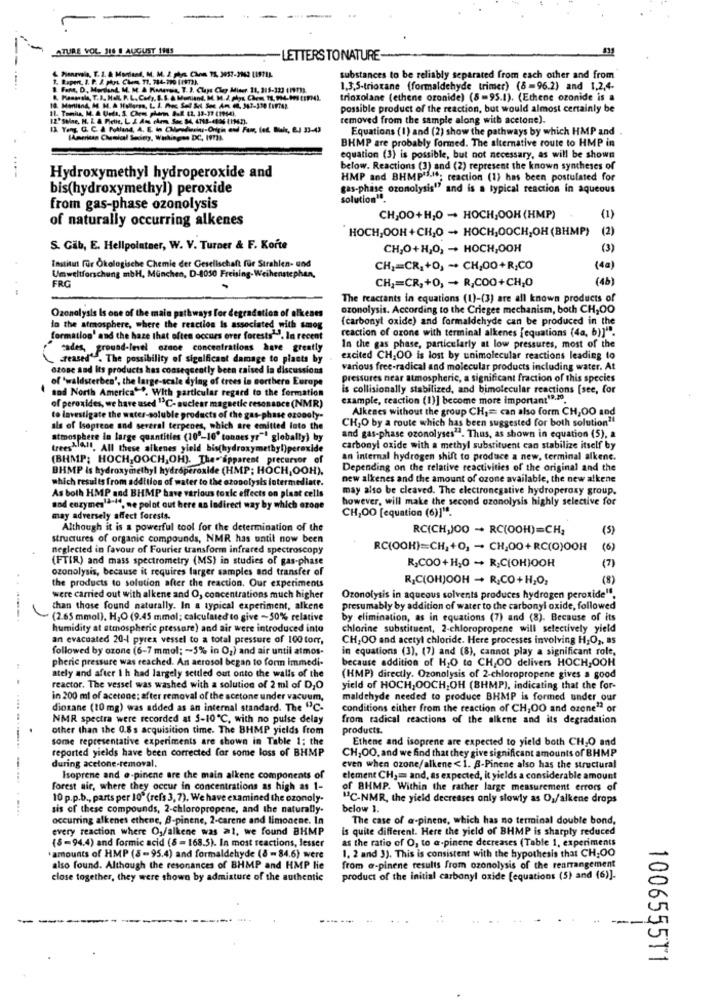
ATURE VOL. 316 8 AUGUST 1185
-LETTERS TONATURE-
1. Raport, I. P. J. phrt. Che= 77, 784-390 (1973).
substances to be reliably separated from each other and from
1 Fant, D, Mardiand, M. M. A RiMersis, T. J. Claps Che Miser 11, 315-323 (1973).
1.3,5-trioxane (formaldehyde trimer) (8-96.2) and 1,2,4.
trioxolane (ethene ozonide) (8-95.1). (Ethene ozonide is a
10. Maiand, M. M. A. Hullerss, L. I. Pec Sel &et Sec Am 40, 347-310 firmas.
possible product of the reaction, but would almost certainly be
12' Stine, H. L.A. Piethe, L. 2.At elem Ste 34, 4711-4006 LIM3).
removed from the sample along with acetone).
12 Yong G. C. & Potland, A. E. In Chinadiesiny-Origin and Far, (et. Buke, B.J 33-43
Equations (I) and (2) show the pathways by which HMP and
BHMP are probably formed. The alternative route to HMP in
equation (3) is possible, but not necessary, as will be shown
below. Reactions (3) and (2) represent the known syntheses of
Hydroxymethyl hydroperoxide and
HMP and BHMPI.If; reaction (1) has been postulated for
bis(hydroxymethyl) peroxide
gas-phase ozonolysis" and is a typical reaction in aqueous
solution1.
from gas-phase ozonolysis
of naturally occurring alkenes
CH,00+H,0 - HOCH,OOH (HMP)
(1)
HOCH,OOH+CH,O - HOCH,OOCH,OH (BHMP)
(2)
S. Gib, E. Hellpolatner, W. V. Turner & F. Korte
CH,O+H,O, - HOCH,OOH
(3)
Institut für Ökologische Chemie der Gesellschaft für Strahlen- und
CH3=CR. +0, -. CH,00+R,CO
(40)
Umweltforschung mbH, München, D-8050 Freising-Weihenstephan,
(4b)
FRG
-
CH1=CR,+0, - + R,COO+CH,0
The reactants in equations (1)-(3) are all known products of
azonolysis. According to the Criegee mechanism, both CH,OO
Ozonalysis Is one of the main pathways for degradation of olkenes
{carbonyl oxide) and formaldehyde can be produced in the
in the atmosphere, where the reaction Is associated with smog
reaction of ozone with terminal alkenes {equations (4a, b)]".
formation' and the haze that often occurs over forests"". In recent
tades, ground-level ozone concentrations have greatly
In the gas phase, particularly at low pressures, most of the
creased" . The possibility of sigalficant damage to plasts by
excited CH,OO is lost by unimolecular reactions leading to
ozone and Its products has consequently been raised la discussion
various free-radical and molecular products including water. At
of 'waldsterben', the large-scale dying of trees lo northern Europe
pressures near atmospheric, a significant fraction of this species
sod North America""". With particular regsed to the formation
is collisionally stabilized, and bimolecular reactions [see, for
example, reaction (1)] become more important19.20.
of peroxides, we have used "C- nuclear magnetic resonance (NMR)
Alkenes without the group CH ,= can also form CH,OO and
to investigate the water-soluble products of the gas-phase czonoly-
CH,O by a route which has been suggested for both solution"
sis of Isogrene and several terpenes, which are emitted lato the
atmosphere in large quantities (10"-10' tonnes yr"" globally) by
and gas-phase ozonolyses". Thus, as shown in equation (5), a
treeshalf, All these alkenes yield bis(hydroxymethyl)peroxide
carbonyl oxide with a methyl substituent can stabilize itself by
(BHMP; HOCH,OOCH, OH). The-apparent precursor of
an internal hydrogen shift to produce a new, terminal alkene.
BHMP Is hydroxymethyl hydroperoxide (HMP; HOCH, OOH).
Depending on the relative reactivities of the original and the
which results from addition of water to the ozonolysis intermediate.
new alkenes and the amount of ozone available, the new alkene
As both HMP and BHMP have various toxic effects on plaat cells
may also be cleaved. The electronegative hydroperoxy group.
however, will make the second ozonolysis highly selective for
and enzymeslande, ne polot out here an lodirect way by which ozone
CH,OO [equation (6)]".
may adversely affect forests-
Although it is a powerful tool for the determination of the
RC(CH,JO0 - RC(OOH)=CH;
(5)
structures of organic compounds, NMR has until now been
neglected in favour of Fourier transform infrared spectroscopy
RC(OOH)=CH,+0, - CH,00+RC(0)OOH
(6)
(FTIR) and mass spectrometry (MS) in studies of gas-phase
R,COO+H,0 - R,C(OH)OOH
ozonolysis, because it requires larger samples and transfer of
(7)
R,C(OH)OOH - R;CO+H;O2
(8)
the products to solution after the reaction. Our experiments
were carried out with alkene and O, concentrations much higher
Ozonolysis in aqueous solvents produces hydrogen peroxide".
than those found naturally. In a typical experiment, alkene
presumably by addition of water to the carbonyl oxide, followed
.---.
(2.65 mmol), HJO (9.45 mmol; calculated to give -50% relative
by elimination, as in equations (7) and (8). Because of its
humidity at atmospheric pressure) and air were introduced into
chlorine substituent, 2-chloropropene will selectively yield
an evacuated 20-1 pyrex vessel to a total pressure of 100 torr,
CH,OO and acetyl chloride. Here processes involving H,O2, as
followed by ozone (6-7 mmol; ~ 5% in O2) and air until atmos-
in equations (3), (7) and (8), cannot play a significant role,
pheric pressure was reached. An aerosol began to for immedi-
because addition of H,O to CH,OO delivers HOCH,OOH
ately and after 1 h had largely settled out onto the walls of the
(HMP) directly. Ozonolysis of 2-chloropropene gives a good
reactor. The vessel was washed with a solution of 2 ml of D,O
yield of HOCH,OOCH,OH (8HMP), indicating that the for-
in 200 ml of acetone: after removal of the acetone under vacuum,
maldehyde needed to produce BHMP is formed under our
dioxane (10 mg) was added as an internal standard. The "C-
conditions either from the reaction of CH,OO and ozone"2 or
NMR spectra were recorded at 5-10℃, with no pulse delay
from radical reactions of the alkene and its degradation
other than the 0.8s acquisition time. The BHMP yields from
products.
some representative experiments are shown in Table 1; the
Ethene and isoprene are expected to yield both CH,O and
reported yields have been corrected for some loss of BHMP
CH,OO, and we find that they give significant amounts of BHMP
during acetone-removal.
even when ozone/alkene < 1. B-Pinene also has the structural
Isoprene and @-pinene are the main alkene components of
element CH3 mm and, as expected, it yields a considerable amount
forest air, where they occur in concentrations as high as 1-
of BHMP. Within the rather large measurement errors of
10 p.p.b ., parts per 10" (refs 3, 7). We have examined the ozonoly.
"C-NMR, the yield decreases only slowly as O,/alkene drops
sis of these compounds, 2-chloropropene, and the naturally-
below 1.
occurring alkenes ethene, B-pinene, 2-carene and limonene. In
The case of a-pinene, which has no terminal double bond,
every reaction where Og/alkene was al, we found BHMP
is quite different. Here the yield of BHMP is sharply reduced
(8-94.4) and formic acid (8 =168.5). In most reactions, lesser
as the ratio of O, to a-pinene decreases (Table 1, experiments
1. 2 and 3). This is consistent with the hypothesis that CH,00
amounts of HMP (8-95.4) and formaldehyde (8 -84.6) were
also found. Although the resonances of BHMP and HMP Hie
from @-pinene results from ozonolysis of the rearrangement
close together, they were shown by admisture of the authentic
product of the initial carbonyl oxide [equations (5) and (6)].
-
-
1006555T1